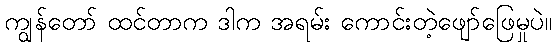
ကျွန်တော် ထင်တာက ဒါက အရမ်း ကောင်းတဲ့ဖျော်ဖြေမှုပဲ။